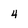
Character: 4